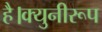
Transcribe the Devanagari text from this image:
है।क्युनीरूप